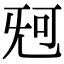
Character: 𣄰